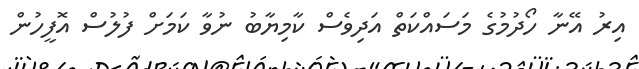
އިރު އޭނާ ހޯދުމުގެ މަސައްކަތް އަދިވެސް ކާމިޔާބު ނުވާ ކަމަށް ފުލުސް އޮފީހުން